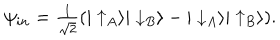
\psi _ { i n } = { \textstyle \frac { 1 } { \sqrt { 2 } } } ( | \uparrow _ { A } \rangle | \downarrow _ { B } \rangle - | \downarrow _ { A } \rangle | \uparrow _ { B } \rangle ) .